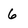
Character: 6